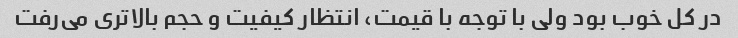
در کل خوب بود ولی با توجه با قیمت، انتظار کیفیت و حجم بالاتری می‌رفت